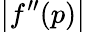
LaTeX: \left|f^{\prime\prime}(p)\right|